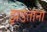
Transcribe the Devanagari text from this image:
झडताना